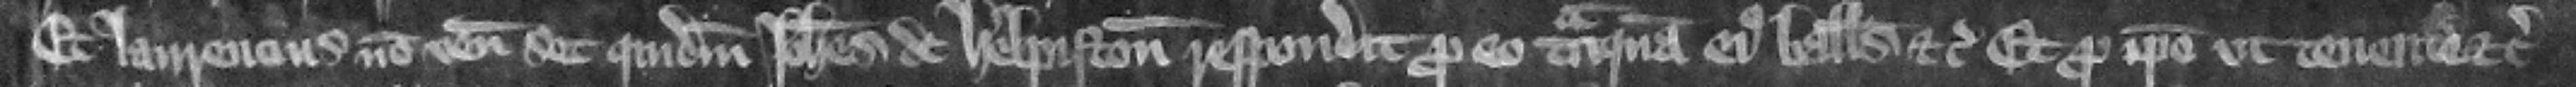
Et Laurencius non venit set quidam Iohannes de Helpiston respondit pro e tanquam eius balliuus etc. et pro ipso vt tenente etc.